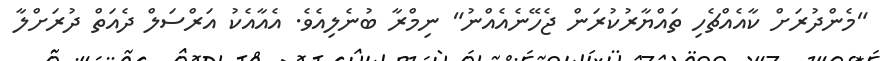
"މެންދުރަށް ކާއެއްޗެހި ތައްޔާރުކުރަން ޖެހޭނެއެއްނު" ނިމްރާ ބުނެލިއެވެ. އެއާއެކު އަރްސަލް ދެއަތް ދުރަށްލާ